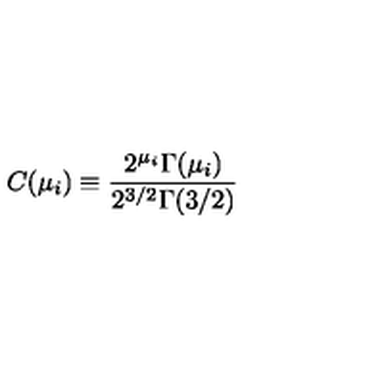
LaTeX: C ( \mu _ { i } ) \equiv { \frac { 2 ^ { \mu _ { i } } \Gamma ( \mu _ { i } ) } { 2 ^ { 3 / 2 } \Gamma ( 3 / 2 ) } }